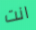
انت